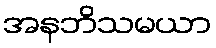
အနဘိသမယာ